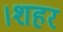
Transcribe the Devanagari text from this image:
।शहर